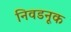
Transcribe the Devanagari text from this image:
निवडनूक